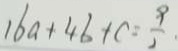
1 6 a + 4 b + c = \frac { 9 } { 2 }